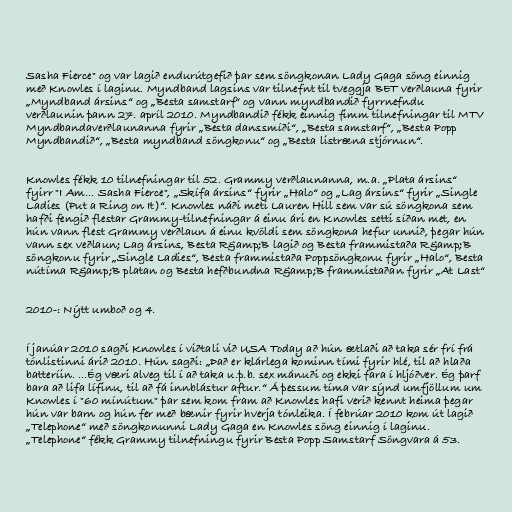
Sasha Fierce" og var lagið endurútgefið þar sem söngkonan Lady Gaga söng einnig
með Knowles í laginu. Myndband lagsins var tilnefnt til tveggja BET verðlauna fyrir
„Myndband ársins“ og „Besta samstarf“ og vann myndbandið fyrrnefndu
verðlaunin þann 27. apríl 2010. Myndbandið fékk einnig fimm tilnefningar til MTV
Myndbandaverðlaunanna fyrir „Besta danssmíði“, „Besta samstarf“, „Besta Popp
Myndbandið“, „Besta myndband söngkonu“ og „Besta listræna stjórnun“.

Knowles fékk 10 tilnefningar til 52. Grammy verðlaunanna, m.a. „Plata ársins“
fyirr "I Am... Sasha Fierce", „Skífa ársins“ fyrir „Halo“ og „Lag ársins“ fyrir „Single
Ladies (Put a Ring on It)“. Knowles náði meti Lauren Hill sem var sú söngkona sem
hafði fengið flestar Grammy-tilnefningar á einu ári en Knowles setti síðan met, en
hún vann flest Grammy verðlaun á einu kvöldi sem söngkona hefur unnið, þegar hún
vann sex veðlaun; Lag ársins, Besta R&amp;B lagið og Besta frammistaða R&amp;B
söngkonu fyrir „Single Ladies“, Besta frammistaða Poppsöngkonu fyrir „Halo“, Besta
nútíma R&amp;B platan og Besta hefðbundna R&amp;B frammistaðan fyrir „At Last“

2010-: Nýtt umboð og 4.

Í janúar 2010 sagði Knowles í viðtali við USA Today að hún ætlaði að taka sér frí frá
tónlistinni árið 2010. Hún sagði: „Það er klárlega kominn tími fyrir hlé, til að hlaða
batteríin. ...Ég væri alveg til í að taka u.þ.b. sex mánuði og ekki fara í hljóðver. Ég þarf
bara að lifa lífinu, til að fá innblástur aftur.“ Á þessum tíma var sýnd umfjöllum um
Knowles í "60 mínútum" þar sem kom fram að Knowles hafi verið kennt heima þegar
hún var barn og hún fer með bænir fyrir hverja tónleika. Í febrúar 2010 kom út lagið
„Telephone“ með söngkonunni Lady Gaga en Knowles söng einnig í laginu.
„Telephone“ fékk Grammy tilnefningu fyrir Besta Popp Samstarf Söngvara á 53.